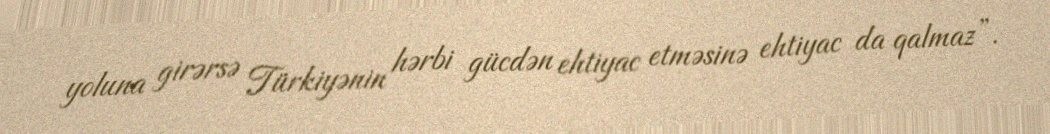
yoluna girərsə Türkiyənin hərbi gücdən ehtiyac etməsinə ehtiyac da qalmaz”.